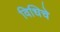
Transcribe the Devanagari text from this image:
विधिचे